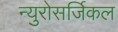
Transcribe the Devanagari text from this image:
न्युरोसर्जिकल